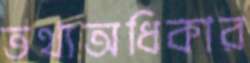
তথ্যঅধিকার